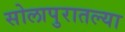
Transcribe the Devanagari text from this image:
सोलापुरातल्या